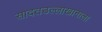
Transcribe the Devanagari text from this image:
सादतउल्लाखानाला